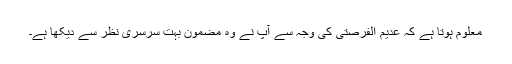
معلوم ہوتا ہے کہ عدیم الفرصتی کی وجہ سے آپ نے وہ مضمون بہت سرسری نظر سے دیکھا ہے۔